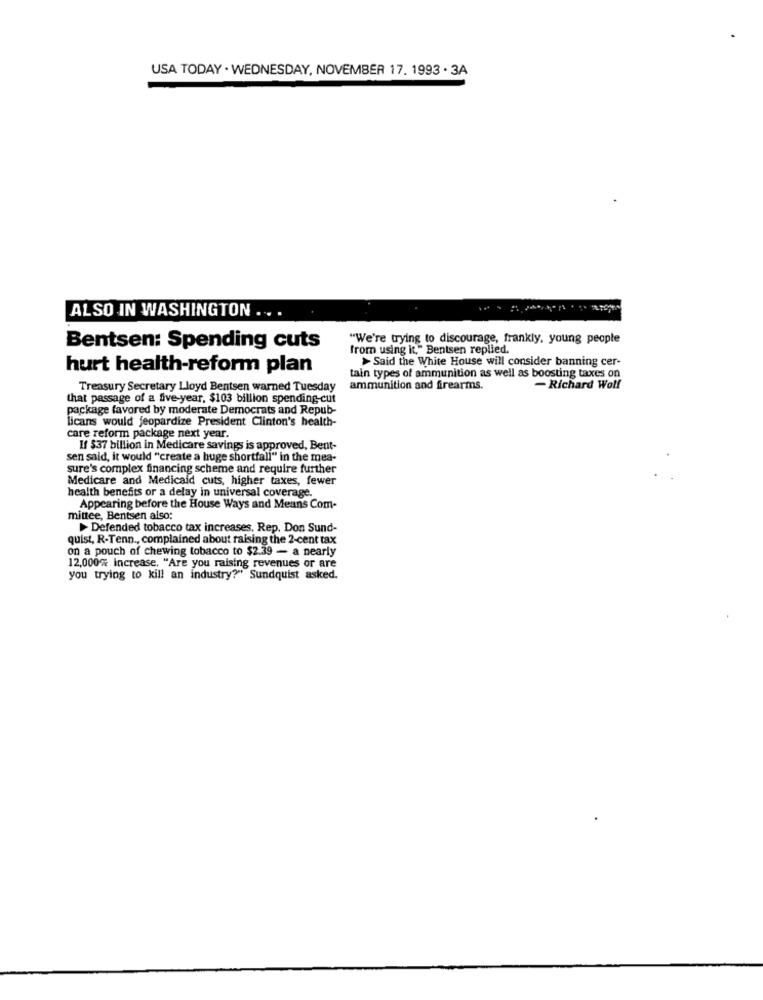
USA TODAY . WEDNESDAY, NOVEMBER 17. 1993 . 3A
ALSO IN WASHINGTON .. .
"We're trying to discourage, frankly, young people
Bentsen: Spending cuts
from using it," Bentsen replied.
> Said the White House will consider banning cer-
hurt health-reform plan
tain types of ammunition as well as boosting taxes on
Treasury Secretary Lloyd Bentsen warned Tuesday
ammunition and firearms.
- Richard Wolf
that passage of a five-year, $103 billion spending-cut
package favored by moderate Democrats and Repub-
licans would jeopardize President Clinton's health-
care reform package next year.
If $37 billion in Medicare savings is approved, Bent-
sen said, it would "create a huge shortfall" in the mea-
sure's complex financing scheme and require further
Medicare and Medicald cuts, higher taxes, fewer
health benefits or a delay in universal coverage.
Appearing before the House Ways and Means Com-
minee, Bentsen also:
Defended tobacco tax increases, Rep. Don Sund-
quist, R-Tenn ., complained about raising the 2-cent tax
on a pouch of chewing tobacco to $2.39 - a nearly
12,000% increase. "Are you raising revenues or are
you trying to kill an industry?" Sundquist asked.